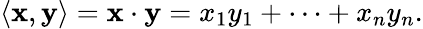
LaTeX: \langle\mathbf{x},\mathbf{y}\rangle=\mathbf{x}\cdot\mathbf{y}=x_{1}y_{1}+\cdots+x_{n}y_{n}.